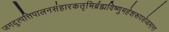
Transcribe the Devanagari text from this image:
जगदुत्पत्तिपालनसंहारकतृभिर्ब्रह्मविष्णुमहेशरूपसेव्यमाना